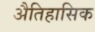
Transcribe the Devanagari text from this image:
अैतिहासिक